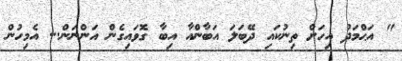
" އަޙްމަދު އިހަށް ތިނުކައި ދޭބަލަ އަބާންއާ އިބާ ގޮވައިގެން އަންނަން... އެމިހުން